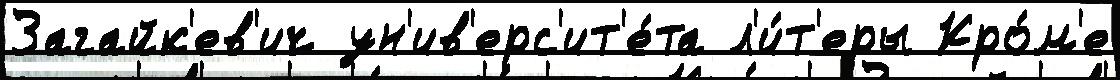
Загайк'ев'ич ун'ив'ерс'ит'е́та л'и́т'еры Кро́м'е